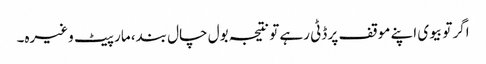
اگر تو بیوی اپنے موقف پر ڈٹی رہے تو نتیجہ بول چال بند، مار پیٹ وغیرہ۔